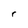
Character: r